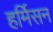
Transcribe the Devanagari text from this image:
हर्मिसन